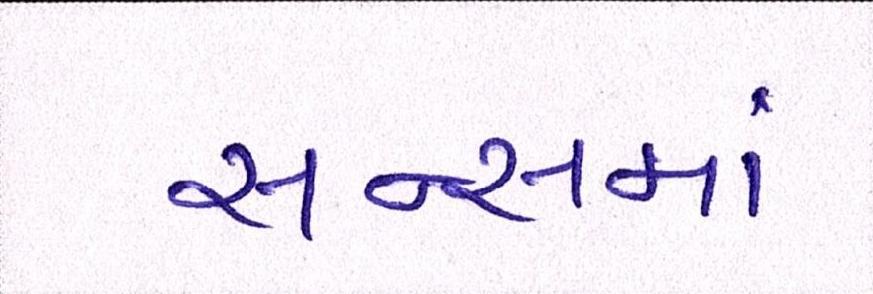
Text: સન્સમાં